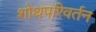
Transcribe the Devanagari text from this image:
शोथपरिवर्तन